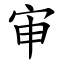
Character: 审